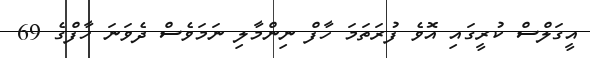
އީގަލްސް ކުރީގައި އޮވެ ފުރަތަމަ ހާފް ނިންމާލި ނަމަވެސް ދެވަނަ ހާފްގެ 69